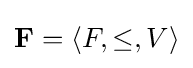
\mathbf {F} =\langle F,\leq ,V\rangle